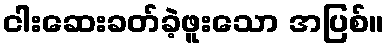
ငါးဆေးခတ်ခဲ့ဖူးသော အပြစ်။